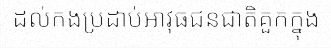
ដល់កងប្រដាប់អាវុធជនជាតិគួកក្នុង